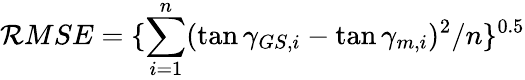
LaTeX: \mathcal{R}MSE=\{ \sum_{i=1}^{n}(\tan{\gamma_{GS,i}}-\tan{\gamma_{m,i}})^{2}/n\} ^{0.5}